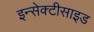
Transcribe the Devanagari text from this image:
इन्सेक्टीसाइड